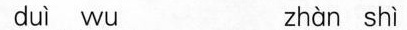
duì wu zhàn shì